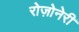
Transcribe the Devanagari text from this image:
रोज़ोनेरी